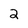
Character: 2